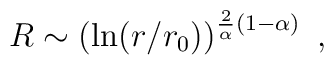
R\sim\left(\ln(r/r_0)\right)^{{2\over\alpha}(1-\alpha)}~,